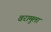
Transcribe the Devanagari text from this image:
वरामुला